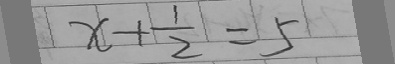
x + \frac { 1 } { 2 } = 5